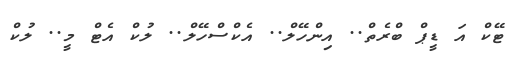
ޓޭކް އަ ޑީޕް ބްރެތް.. އިންހޭލް.. އެކްސްހޭލް.. ލުކް އެޓް މީ.. ލުކް